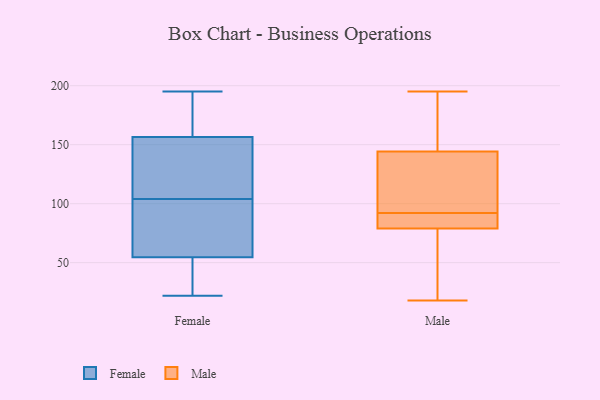
{"axis": {"x": "Net Income (USD K)", "y": "Value"}, "legend": ["Female", "Male"], "data": [{"x": "", "y": 31, "type": "Female"}, {"x": "", "y": 88, "type": "Female"}, {"x": "", "y": 129, "type": "Female"}, {"x": "", "y": 195, "type": "Female"}, {"x": "", "y": 109, "type": "Female"}, {"x": "", "y": 52, "type": "Female"}, {"x": "", "y": 73, "type": "Female"}, {"x": "", "y": 90, "type": "Female"}, {"x": "", "y": 166, "type": "Female"}, {"x": "", "y": 181, "type": "Female"}, {"x": "", "y": 112, "type": "Female"}, {"x": "", "y": 192, "type": "Female"}, {"x": "", "y": 171, "type": "Female"}, {"x": "", "y": 44, "type": "Female"}, {"x": "", "y": 44, "type": "Female"}, {"x": "", "y": 57, "type": "Female"}, {"x": "", "y": 22, "type": "Female"}, {"x": "", "y": 103, "type": "Female"}, {"x": "", "y": 147, "type": "Female"}, {"x": "", "y": 105, "type": "Female"}, {"x": "", "y": 88, "type": "Male"}, {"x": "", "y": 37, "type": "Male"}, {"x": "", "y": 71, "type": "Male"}, {"x": "", "y": 84, "type": "Male"}, {"x": "", "y": 101, "type": "Male"}, {"x": "", "y": 149, "type": "Male"}, {"x": "", "y": 179, "type": "Male"}, {"x": "", "y": 92, "type": "Male"}, {"x": "", "y": 154, "type": "Male"}, {"x": "", "y": 130, "type": "Male"}, {"x": "", "y": 195, "type": "Male"}, {"x": "", "y": 92, "type": "Male"}, {"x": "", "y": 18, "type": "Male"}, {"x": "", "y": 113, "type": "Male"}, {"x": "", "y": 168, "type": "Male"}, {"x": "", "y": 82, "type": "Male"}, {"x": "", "y": 78, "type": "Male"}, {"x": "", "y": 84, "type": "Male"}, {"x": "", "y": 43, "type": "Male"}]}